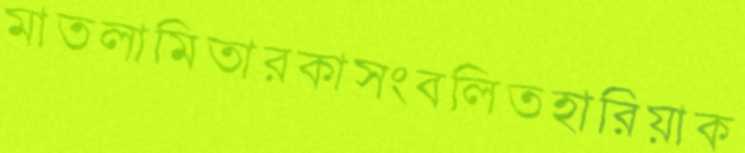
মাতলামিতারকাসংবলিতহারিয়াক